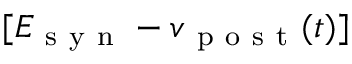
[ E _ { \mathrm { ~ s ~ y ~ n ~ } } - v _ { \mathrm { ~ p ~ o ~ s ~ t ~ } } ( t ) ]